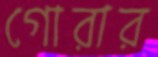
গোরার